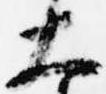
大